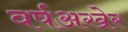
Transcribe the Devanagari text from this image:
वर्षअखेर